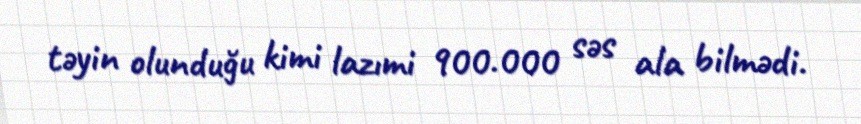
təyin olunduğu kimi lazımi 900.000 səs ala bilmədi.